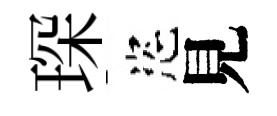
琛恣見